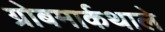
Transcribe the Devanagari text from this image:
ग्रोबमार्कथाले